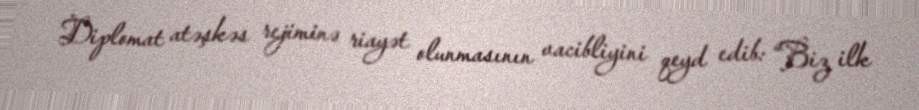
Diplomat atəşkəs rejiminə riayət olunmasının vacibliyini qeyd edib: “Biz ilk